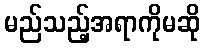
မည်သည့်အရာကိုမဆို